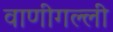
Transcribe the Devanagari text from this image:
वाणीगल्ली